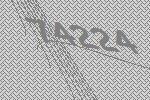
74224